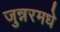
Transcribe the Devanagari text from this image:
जुन्नरमधे